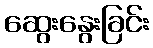
ဆွေးနွေးခြင်း